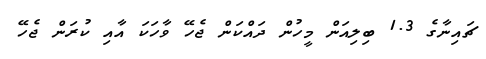
ޗައިނާގެ 1.3 ބިލިއަން މީހުން ދައްކަން ޖެހޭ ވާހަކަ އާއި ކުރަން ޖެހޭ